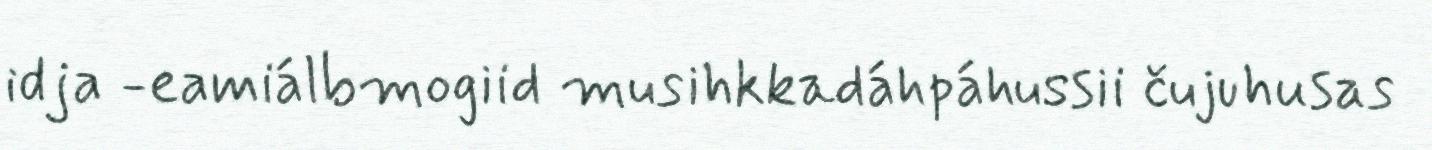
idja -eamiálbmogiid musihkkadáhpáhussii čujuhusas